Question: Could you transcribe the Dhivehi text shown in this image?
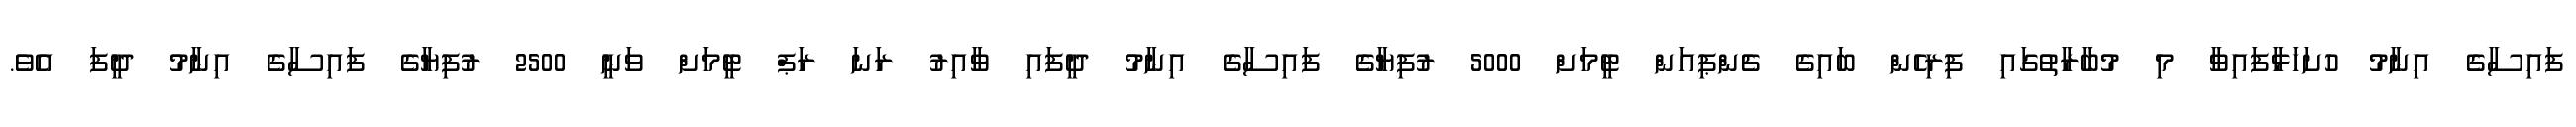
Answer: ފައިސާގެ އިނާމު ހުށަހަޅާފައިވާ މި މުބާރާތުގައި ފިރިހެން ބައިގެ ޗެންޕިއަން ޓީމަށް 5000 ރުފިޔާގެ ފައިސާގެ އިނާމު ދީފައި ވާއިރު ރަނަ ރަޕް ޓީމަށް ވަނީ 2500 ރުފިޔާގެ ފައިސާގެ އިނާމު ދީފަ އެވެ.